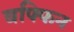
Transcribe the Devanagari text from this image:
बफ्फिन